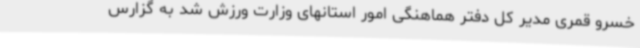
خسرو قمری مدیر کل دفتر هماهنگی امور استانهای وزارت ورزش شد به گزارس